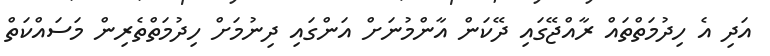
އަދި އެ ހިދުމަތްތައް ރާއްޖޭގައި ދޭކަން އާންމުނަށް އަންގައި ދިނުމަށް ހިދުމަތްތެރިން މަސައްކަތް